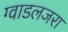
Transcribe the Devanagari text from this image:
ग्वाडलजरा